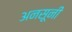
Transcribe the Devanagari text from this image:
अनसूनी